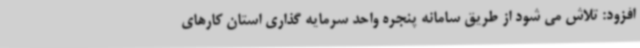
افزود: تلاش می شود از طریق سامانه پنجره واحد سرمایه گذاری استان کارهای